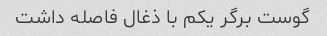
گوست برگر یکم با ذغال فاصله داشت